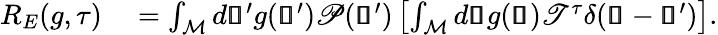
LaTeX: \begin{array}{rl}{R_{E}(g,\tau)}&{{}=\int_{\mathcal{M}}d\pmb{\mathscr{s}}^{\prime}g(\pmb{\mathscr{s}}^{\prime})\mathscr{P}(\pmb{\mathscr{s}}^{\prime})\left[\int_{\mathcal{M}}d\pmb{\mathscr{s}}g(\pmb{\mathscr{s}})\mathscr{T}^{\tau}\delta(\pmb{\mathscr{s}}-\pmb{\mathscr{s}}^{\prime})\right].}\end{array}